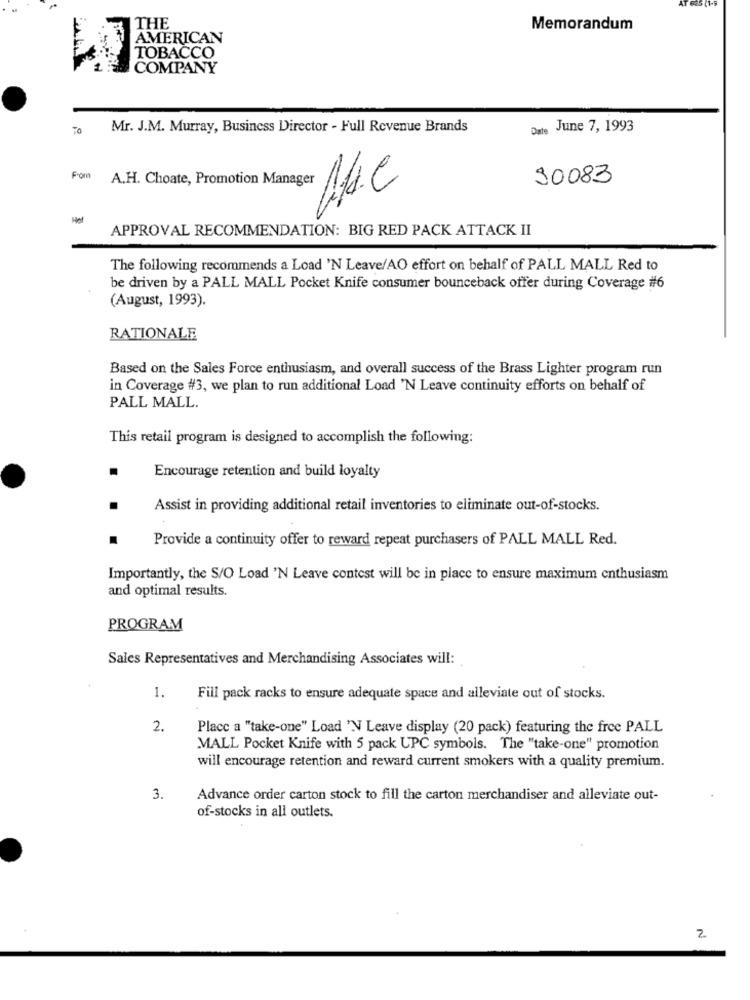
THE
Memorandum
AMERICAN
TOBACCO
COMPANY
To
Mr. J.M. Murray, Business Director - Full Revenue Brands
Date June 7, 1993
From
A.H. Choate, Promotion Manager
30083
APPROVAL RECOMMENDATION: BIG RED PACK ATTACK II
The following recommends a Load 'N Leave/AO effort on behalf of PALL MALL Red to
be driven by a PALL MALL Pocket Knife consumer bounceback offer during Coverage #6
(August, 1993).
RATIONALE
Based on the Sales Force enthusiasm, and overall success of the Brass Lighter program run
in Coverage #3, we plan to run additional Load 'N Leave continuity efforts on behalf of
PALL MALL.
This retail program is designed to accomplish the following:
Encourage retention and build loyalty
Assist in providing additional retail inventories to eliminate out-of-stocks.
Provide a continuity offer to reward repeat purchasers of PALL MALL Red.
Importantly, the S/O Load 'N Leave contest will be in place to ensure maximum enthusiasm
and optimal results.
PROGRAM
Sales Representatives and Merchandising Associates will:
1.
Fill pack racks to ensure adequate space and alleviate out of stocks.
2.
Placc a "take-one" Load 'N Leave display (20 pack) featuring the free PALL
MALL Pocket Knife with 5 pack UPC symbols. The "take-one" promotion
will encourage retention and reward current smokers with a quality premium.
3.
Advance order carton stock to fill the carton merchandiser and alleviate out-
of-stocks in all outlets.
2